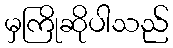
မှကြိုဆိုပါသည်